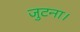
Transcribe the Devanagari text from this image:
जुटना।